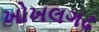
ખોખલગઢ